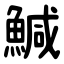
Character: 鰔